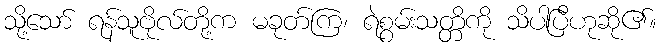
သို့သော် ရန်သူဗိုလ်တို့က မခုတ်ကြ၊ ရဲစွမ်းသတ္တိကို သိပါပြီဟုဆို၏။